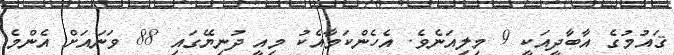
ޤައުމުގެ އާބާދީއަކީ 9 މިލިއަނެވެ. އެހެންކަމާއެކު މިއީ ދުނިޔޭގައި 88 ވަނައަށް އެންމެ